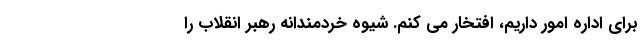
برای اداره امور داریم، افتخار می کنم. شیوه خردمندانه رهبر انقلاب را